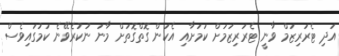
އަދި ޓެރަރިޒަމް ވާނީ ޓެރަރިޒަމަށް ކަމަށާއި އެކަން ގޮތްގޮތަށް މާނަ ނުކުރެވޭނެ ކަމުގައިވެސް